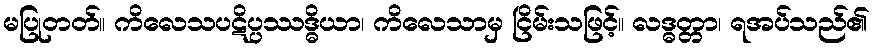
မပြုတတ်။ ကိလေသပဋိပ္ပဿဒ္ဓိယာ၊ ကိလေသာမှ ငြိမ်းသဖြင့်။ လဒ္ဓတ္တာ၊ ရအပ်သည်၏